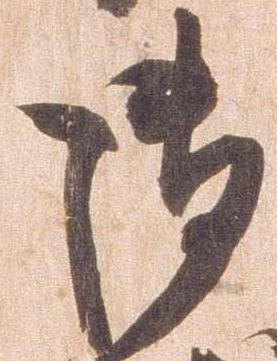
御